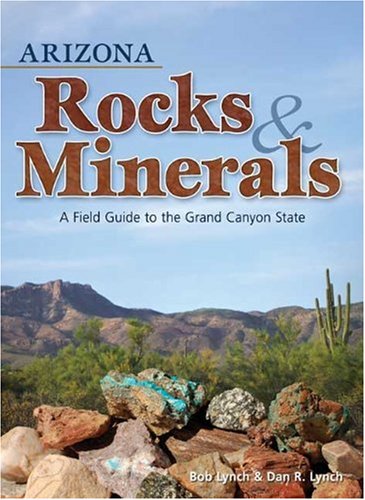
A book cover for Arizona Rocks & Minerals: A Field Guide to the Grand Canyon State; Bob Lynch; Science & Math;